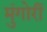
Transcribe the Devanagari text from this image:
मुंगोरीं